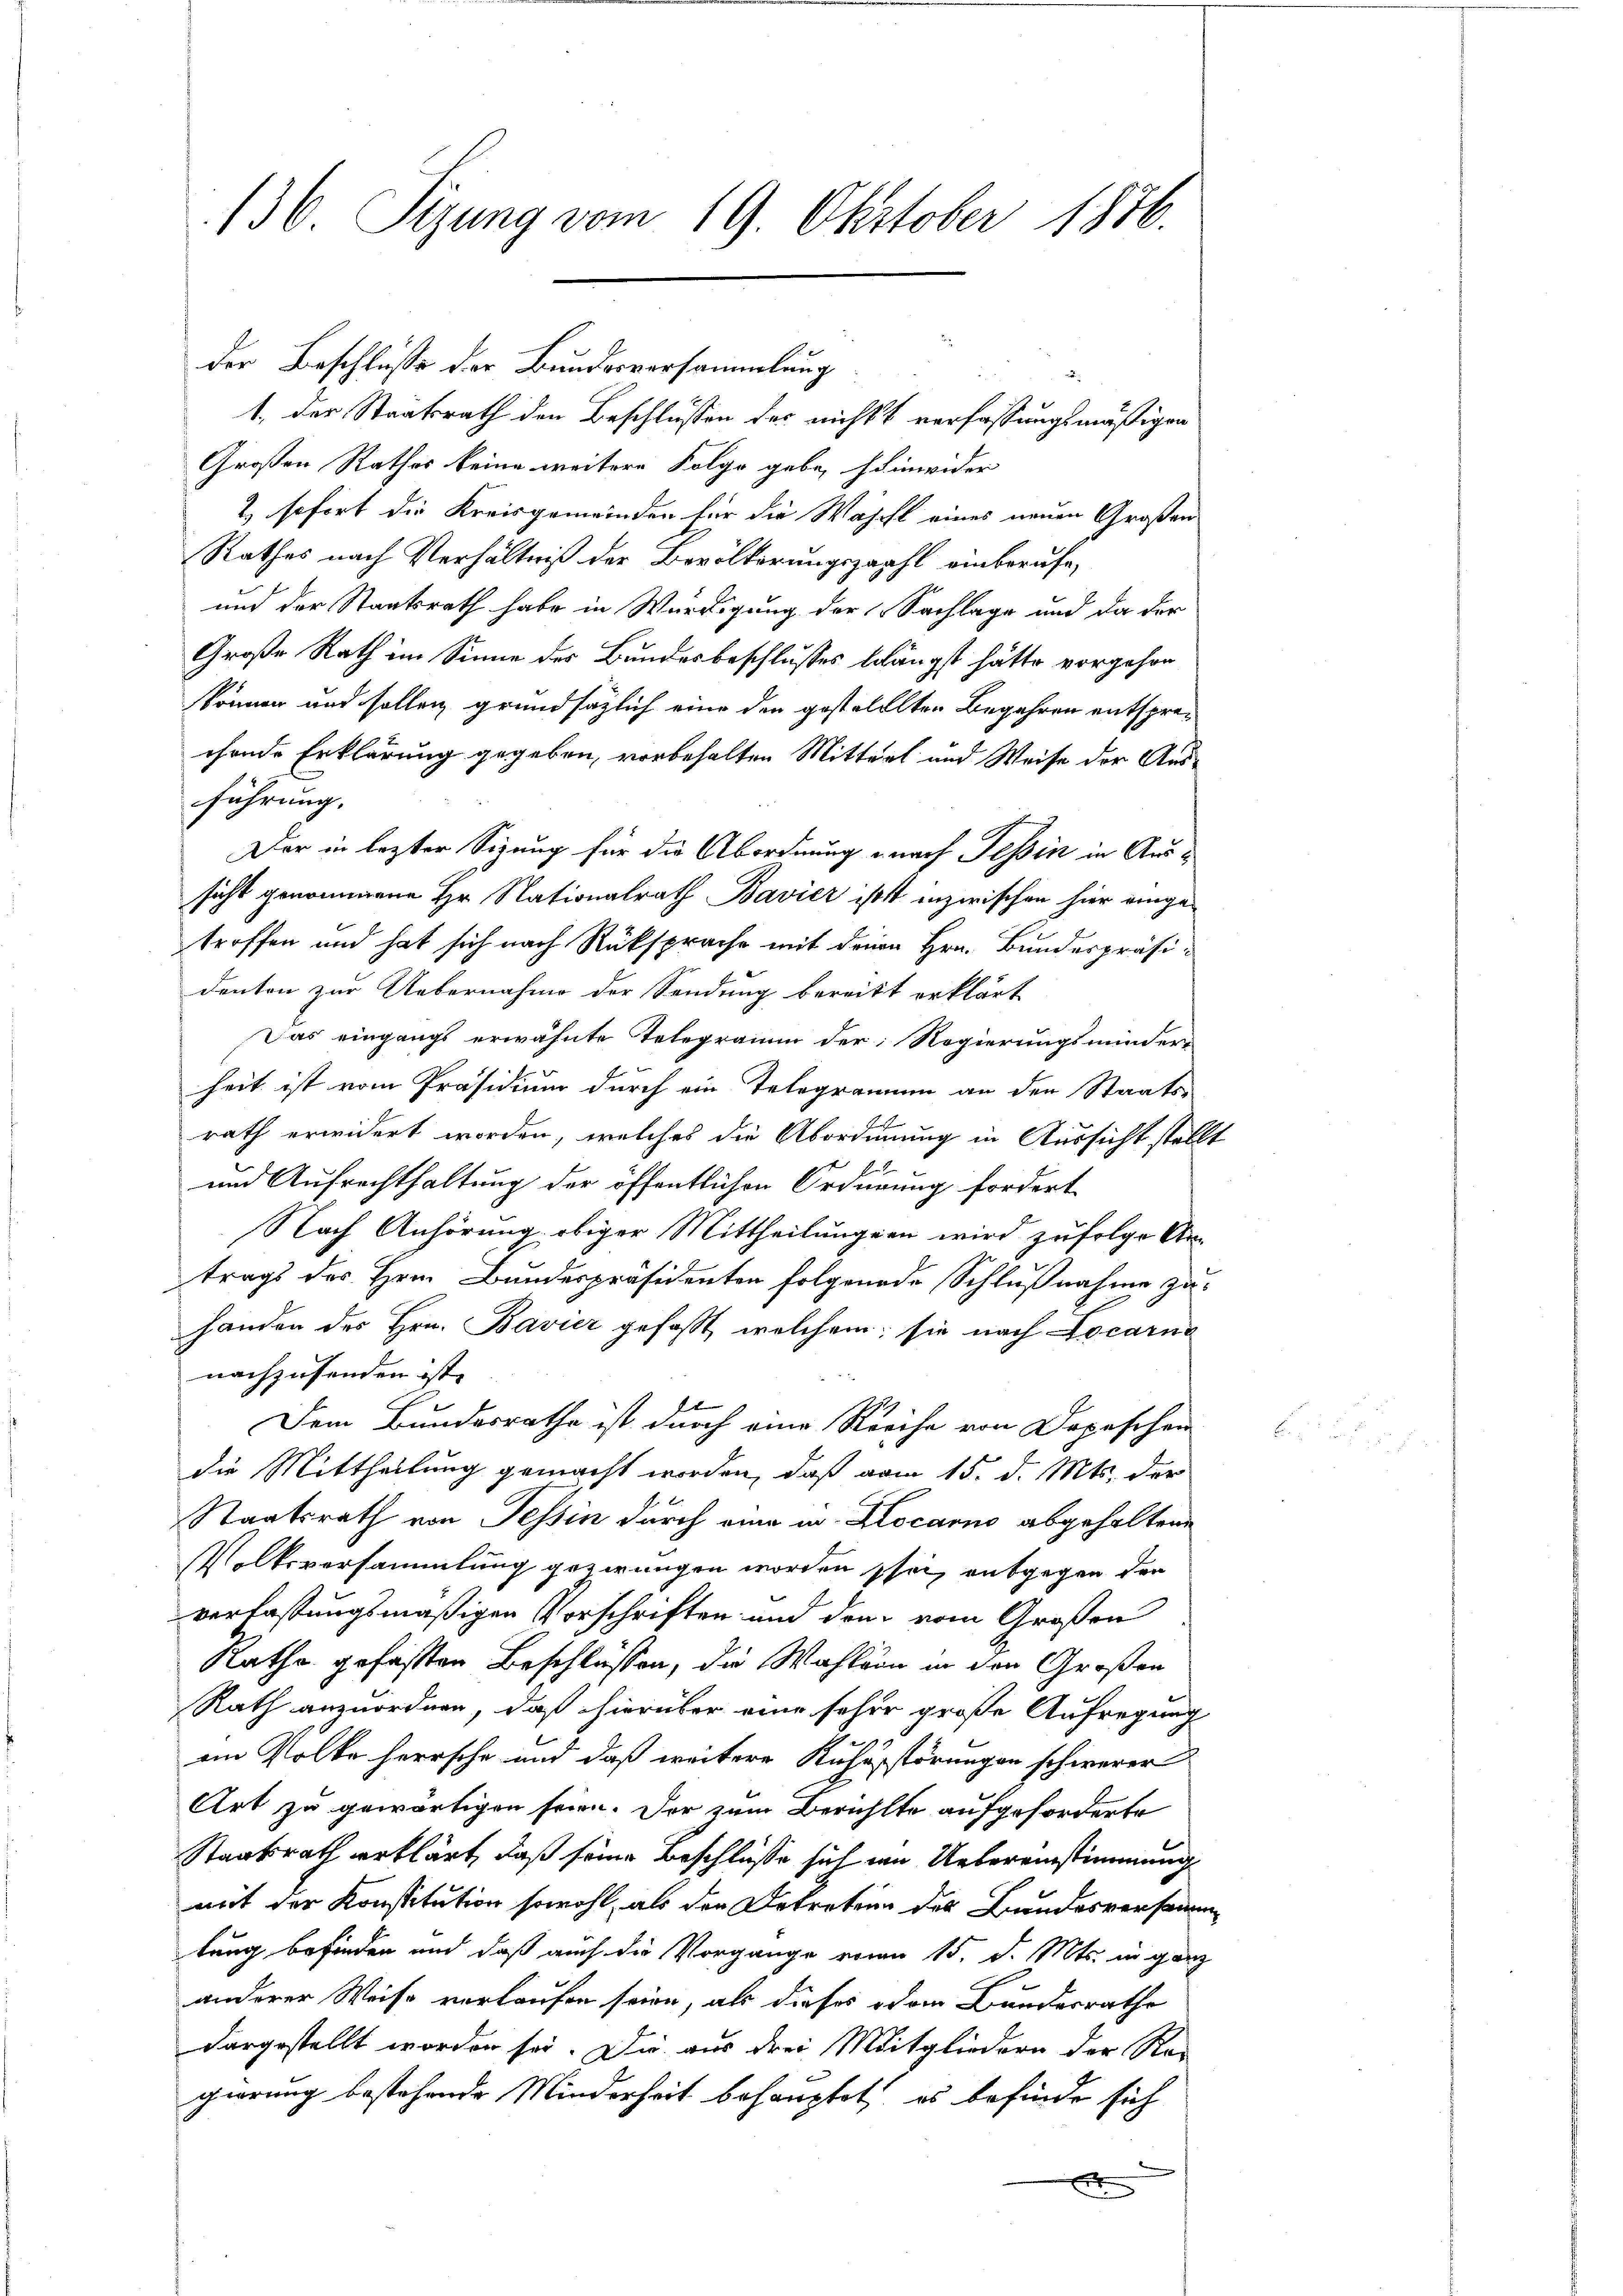
136. Sizung vom 19. Oktober 1876.

1. Der Staatsrath den Beschlussen des nichts verfassungsmäßigen
Großen Rathes keine weitere Folge gebe, hinwider
2 sofort die Kreisgemeinden für die Wäscht eines neuen Großen
Rathes nach Verhältniß der Bevölkerungszahl einberufe,
und der Staatsrath habe in Würdigung der Sachlage und da der
Große Rath im Sinne des Bundesbeschlusses belängst hätte vorgehen
kkönnen und sollen, grundsätzlich eine den gestellten Begehren entsprechende Erklärung gegeben, vorbehalten Mittert und Weise der Ausführung.
Der in lezter Sizung für die Abordnung nach Tessin in Aussicht genommene Hr. Nationalrath Bavier ist inzwischen hier eingetroffen und hat sich nach Rücksprache mit denen Hrn. Bundespräsidenten zur Uebernahme der Sendung bereitt erklärt
Das eingangs erwähnte Telegramm der Regierungsminder-
heit ist vom Präsidium durch ein Telegramm an den Staats-
rath erwidert worden, welches die Abordnung in Aussicht stell¬
und Aufrechthaltung der öffentlichen Ordnung fordert.
Nach Anhörung obiger Mittheilungen wird zufolge Antrags des Hrn. Bundespräsidenten folgende Schlußnahme zuhanden des Hrn. Bavier gefaßt, welchem sie nach Locarna
nachzusenden ist. |

Dem Bundesrathe ist durch eine Kreise von Depeschen
die Mittheilung gemacht worden, daß vom 15. d. Mts. der
Staatsrath von Tessin durch eine in Locarno abgehaltene
Volksversammlung gezwungen worden sei, entgegen den
verfassungsmäßigen Vorschriften und dem vom Großen
Rathe gefaßten Beschlüssen, die Wahlvon in den Großen
Rath anzuordnen, daß hierüber eine seher große Aufregung
1
ein Volke herrsche und daß weitere Ruhestörungen schwerer
Art zu gewärtigen seien. Der zum Berühlte aufgeforderte
Staatsrath erklärt, daß seine Beschlüsse sich im Uebereinstimmung
mit der Konstitution sowohl, als den Betreten des Bundesversamm
lung befinden und daß auch die Vorgange von 15. d. Mts. in ganz
anderer Weise vorlaufen seien, als dieses oder Bundesrathe
dargestellt worden sei. Die aus drei Mitgliedern der Re-
gierung bestehende Minderheit behauptet, es befinde sich
A

der Beschluße der Bundesversammlung